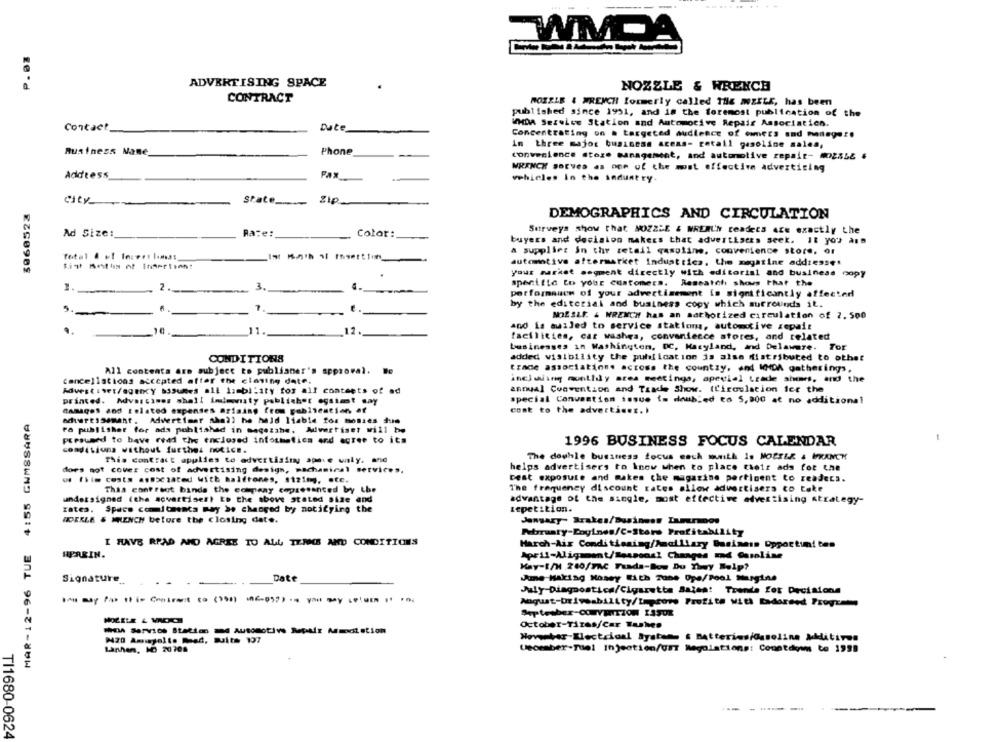
WMDA
ADVERTISING SPACE
NOZZLE & WRENCH
CONTRACT
MOISLE & WRENCH formerly called THE mzELE, has been
published since 1991, and in the foremost publication of the
Contact
Date_
WHDA Serview Station and Automotive Repair Associatien.
Concentrating on . targeted audience of emmers and manager.
In three major business areas- retail gasoline sales,
Business Nane
Phone
convenience store management, and automotive repair- 40255& #
WRENCH BOEVes as one of the most effective advertising
Address
Fax
vehicles In the industry
city
3060523
State
Zip
DEMOGRAPHICS AND CIRCULATION
Surveys show that NOZZLE & NREMUN readers ace exactly the
Ad Size:
Rate:
Color:
buyers and decision makers that adwertLacks seek. It you ans
a supplier In the retail gasoline. convenience store, or
automotive aftermarket induat tica. the megatine addtesse.
your market segment directly with editorial and business copy
spentfic to your customers. Research shows that the
1.
2.
3
4.
performance of your advertisement is significantly affected
by the editorial and business copy which surrounds il.
5
6
7
-
NOESLE. & WRENCH has an sathotized circulation of 2. 500
and is auiled to service stations, automotive zepair
11.
12.
facilities, car washes, convenience stores, and related
businesses in Washington, DC, Maryland, and Delaware. Tor
added visibility the publication is also distributed to other
CONDITIONS
All contents are subject to publianer's approval. We
trade association. across the country, and IMDA gatherings,
incluiing monthly ares meetings, special trade shows, and the
cancellations accepted after the closing date.
kouestiset/agency assumes all lambility for all contents of ad
annual Convention and Trade Show. (Circulation fer the
printed. Advartimes shall indemwaty publisher ogsimt say
special Convention issue is doubled to 5,000 at no additional
MAR-12-96 TUE 4:55 GUMSSARA
Camages and Related expenses arising from pabitestion of
cont to the advertiser. .
adirtisemant. Advertimer shall he held liable for monies due
ra publisher for ads published in megetshe, Advertiset will he
presumed to bave read the enclosed informatica and agree to its
1996 BUSINESS FOCUS CALENDAR
conditions without further notice.
This contract applies to advertising apele unly. and
The dowhle business focus each month is MOBILE & WRANCH
helps advertisers to know when to place their ads for the
does not cover cost of advertising design, machanical services,
ou file costs associated with halftones, $121mj, etc.
Best exposure and makes the magazine pertinent to readers.
This contract binds the company copresented by the
The frequency discount rates allow advertisers to take
undersigned (the acvertiser) ED the above stated size and
advantage of the single, most effective advertising strategy-
rates. Space commitments may >e changed by notifying the
Lepetition.
ODERLE & MRENCH before the closing date.
January- Brakes/Business Lunurmos
Petrruaty-Engines/C-Store Profitability
I HAVE RPAD AND AGREE TO ALL TERMS AND CONDITIONS
Harch-Air Conditioning/Amaillary Business Opportuni tes
HERRIN.
Kay-L/H .260/FAC Funda-bou Du They Help?
Signature_
Date
Jme Making Money With Tube Ope/Pool Margins
. .
July-Diagnosticw/Cigarette Sales! Trenda fet Decisions
IMI Day Pas it is Content to ()91) 96-092) you my
October-Tires/Car Tushes
⑈ Service Station M Automotive Repair Mmotstion
Lanhan, MD 20708
Upormber-fuel Injection/UST Regulations: Countdown to 1999
-------
TI1680-0624